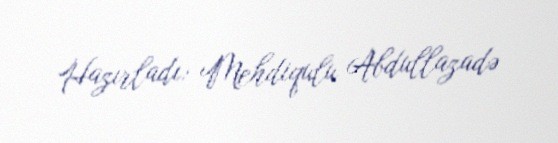
Hazırladı: Mehdiqulu Abdullazadə